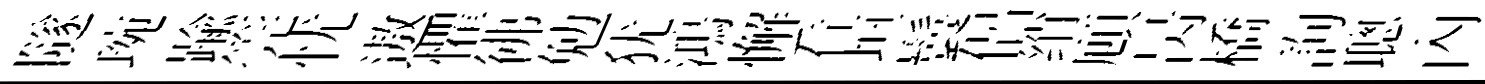
隧琬踰筦忧遨懼彿勉犹鴻懈看垣鬟侶绡頋昺橋詢聰內